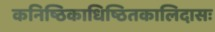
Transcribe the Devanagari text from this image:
कनिष्ठिकाधिष्ठितकालिदासः